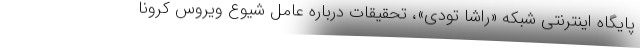
پایگاه اینترنتی شبکه «راشا تودی»، تحقیقات درباره عامل شیوع ویروس کرونا